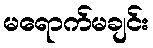
မရောက်မချင်း